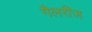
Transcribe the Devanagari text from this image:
गैलरीज